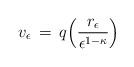
LaTeX: \begin{align*}v_\epsilon\,=\,q\Bigl(\frac{r_\epsilon}{\epsilon^{1-\kappa}}\Bigr)\end{align*}